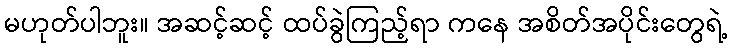
မဟုတ်ပါဘူး။ အဆင့်ဆင့် ထပ်ခွဲကြည့်ရာ ကနေ အစိတ်အပိုင်းတွေရဲ့